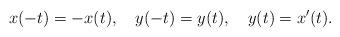
LaTeX: \begin{align*}x(-t)=-x(t),\quad y(-t)=y(t),\quad y(t)=x^\prime(t).\end{align*}